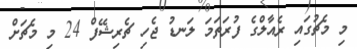
މި މެޗުގައި ރެއާލްގެ ފުރަތަމަ ލަނޑު ޖެހި ޗެރިޝޭފް 24 މި މެޗަށް